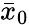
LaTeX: \bar{x}_{0}